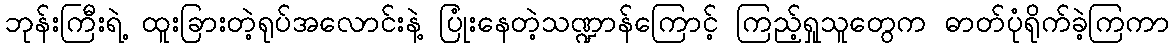
ဘုန်းကြီးရဲ့ ထူးခြားတဲ့ရုပ်အလောင်းနဲ့ ပြုံးနေတဲ့သဏ္ဍာန်ကြောင့် ကြည့်ရှုသူတွေက ဓာတ်ပုံရိုက်ခဲ့ကြကာ